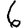
Digit: 6